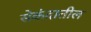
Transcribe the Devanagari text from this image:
सेकंदातील